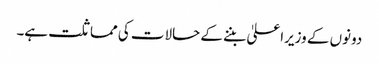
دونوں کے وزیراعلیٰ بننے کے حالات کی مماثلت ہے۔